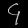
Digit: ၄